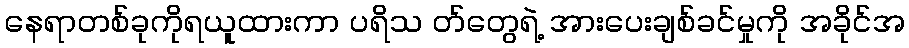
နေရာတစ်ခုကိုရယူထားကာ ပရိသ တ်တွေရဲ့ အားပေးချစ်ခင်မှုကို အခိုင်အ